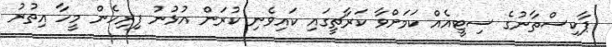
ޕާކިސްތާނުގެ ސިޓީއެއް ކަމަށްވާ ކަރާޗީގައި ކައިވެނި ކުރަން އުޅުނު ފިރިހެން މީހާ އިތުރު